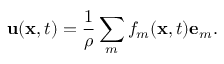
\ensuremath { \mathbf { u } } ( \ensuremath { \mathbf { x } } , t ) = \frac 1 \rho \sum _ { m } f _ { m } ( \ensuremath { \mathbf { x } } , t ) \ensuremath { \mathbf { e } } _ { m } .